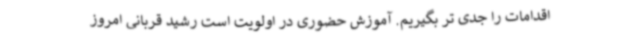
اقدامات را جدی تر بگیریم. آموزش حضوری در اولویت است رشید قربانی امروز